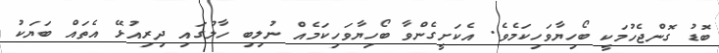
ބޮޑު ގޮންޖެހުމަކީ ބޯހިޔާވަހިކަމެވެ. އެކަށީގެންވާ ބޯހިޔާވަހިކަމެއް ނުލިބި ހާލުގައި ދިރިއުޅޭ އެތައް ބަޔަކު